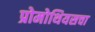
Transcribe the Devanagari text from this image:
प्रोमोथियसचा